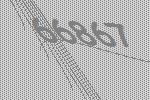
66867